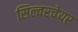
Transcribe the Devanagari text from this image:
सिल्वरचेयर